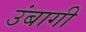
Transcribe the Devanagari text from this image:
उंबागी